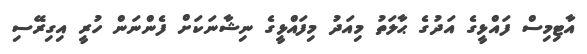
އާޓިމިސް ފައްޅީގެ އަދުގެ ޙާލަތު މިއަދު މިފައްޅީގެ ނިޝާނަކަށް ފެންނަން ހުރީ އިގިރޭސި